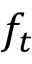
f _ { t }